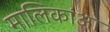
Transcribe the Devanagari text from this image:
मालिकांओ